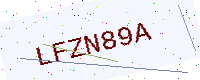
Text: LFZN89A